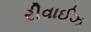
રીવાઈઝ